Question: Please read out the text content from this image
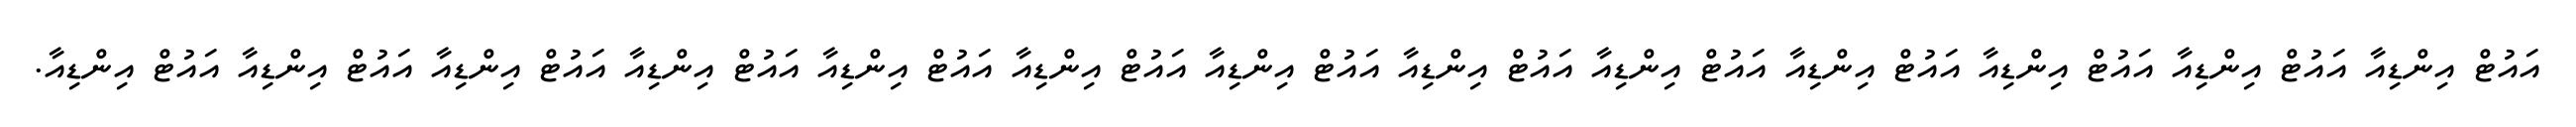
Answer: އައުޓް އިންޑިއާ އައުޓް އިންޑިއާ އައުޓް އިންޑިއާ އައުޓް އިންޑިއާ އައުޓް އިންޑިއާ އައުޓް އިންޑިއާ އައުޓް އިންޑިއާ އައުޓް އިންޑިއާ އައުޓް އިންޑިއާ އައުޓް އިންޑިއާ އައުޓް އިންޑިއާ އައުޓް އިންޑިއާ އައުޓް އިންޑިއާ.